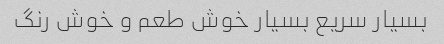
بسیار سریع بسیار خوش طعم و خوش رنگ